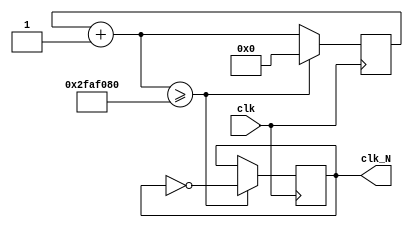
`timescale 1ns / 1ps

module Divider(clk, clk_N);
    parameter N = 1;
    reg [31:0] num;
    input wire clk;
    output reg clk_N;
    reg [31:0] cnt;
    initial
    begin
        clk_N = 0;
        cnt = 0;
        num = 50_000_000 / N;
    end
    // 100M N = 100M => clk_N 
    
    always @(posedge clk)
    begin
        cnt = cnt + 1;
        if (cnt >= num)
        begin
            clk_N = ~clk_N;
            cnt <= 0;
        end
    end
endmodule